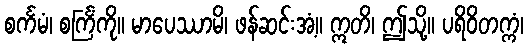
စင်္ကမံ၊ စင်္ကြံကို။ မာပေဿာမိ၊ ဖန်ဆင်းအံ့။ ဣတိ၊ ဤသို့။ ပရိဝိတက္ကံ၊